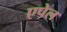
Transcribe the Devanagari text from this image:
एपेल